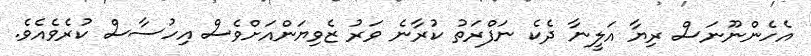
އެހެންނޫނަސް ރިޔާ އަލީނާ ދެކެ ނަފްރަތު ކުރާނެ ވަރު ޒެވިޔަންއަށްވެސް އިހުސާސް ކުރެވެއެވެ.